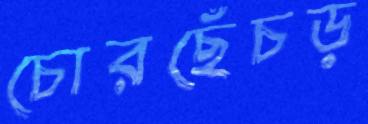
চোরছেঁচড়